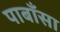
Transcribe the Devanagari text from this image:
पाबाँसा